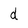
Character: d